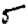
Digit: 5